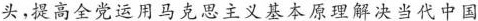
头，提高全党运用马克思主义基本原理解决当代中国